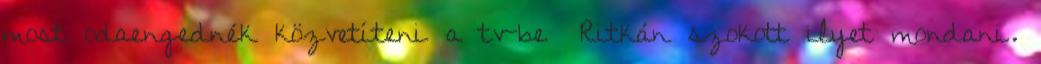
most odaengednék közvetíteni a tv-be″ Ritkán szokott ilyet mondani.